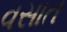
વસાત